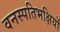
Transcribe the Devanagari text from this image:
वनस्पतिभक्षियों